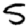
Digit: 5